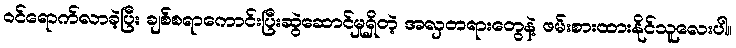
ဝင်ရောက်လာခဲ့ပြီး ချစ်စရာကောင်းပြီးဆွဲဆောင်မှုရှိတဲ့ အလှတရားတွေနဲ့ ဖမ်းစားထားနိုင်သူလေးပါ။